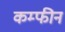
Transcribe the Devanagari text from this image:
कम्फीन